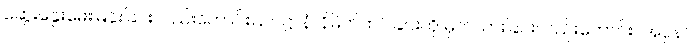
ဆွေးနွေးမေးမြန်းခြင်းလည်းကောင်း။ ဥပဋ္ဌာနံ၊ နိမိတ်ထင်ခြင်းကို မှတ်သားခြင်းလည်းကောင်း။ အပ္ပနာ၊